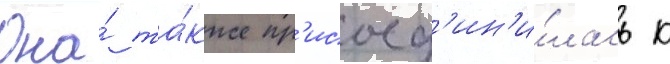
Она́ та́кже пр'исоед'ин'и́лась к